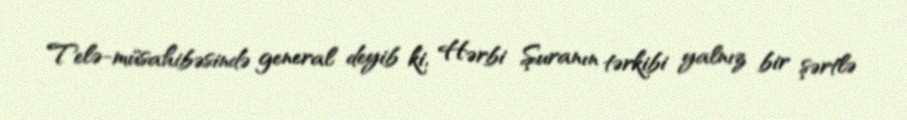
Telə-müsahibəsində general deyib ki, Hərbi Şuranın tərkibi yalnız bir şərtlə